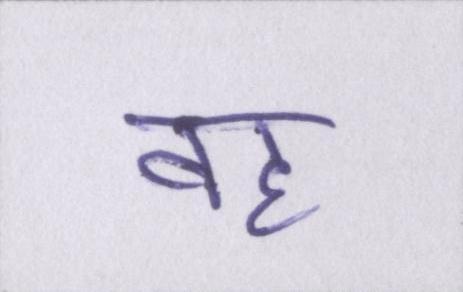
वह